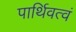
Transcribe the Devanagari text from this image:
पार्थिवत्वं